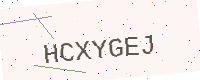
Text: HCXYGEJ